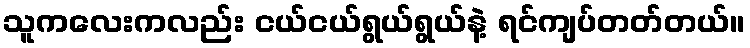
သူကလေးကလည်း ငယ်ငယ်ရွယ်ရွယ်နဲ့ ရင်ကျပ်တတ်တယ်။